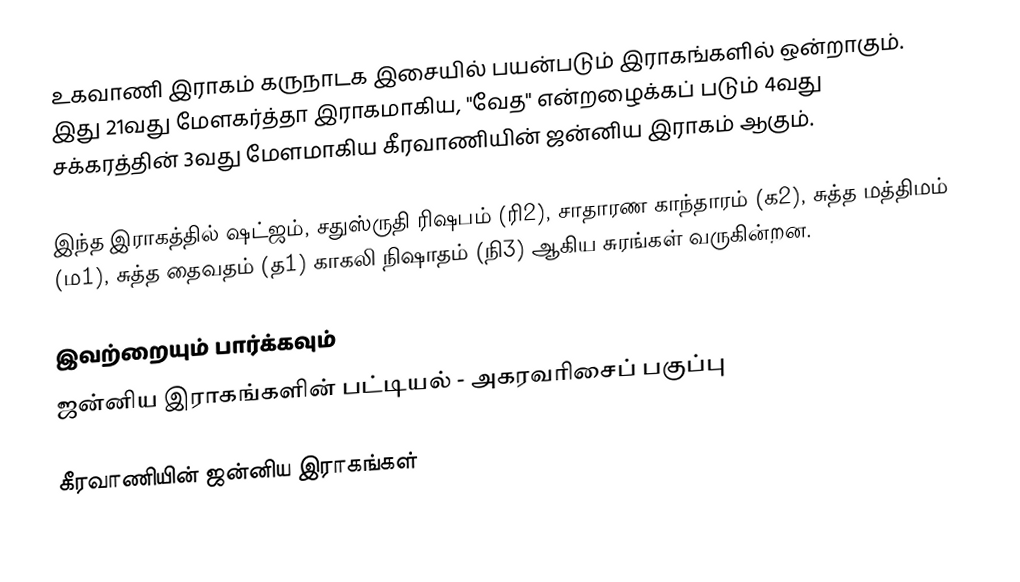
உகவாணி இராகம் கருநாடக இசையில் பயன்படும் இராகங்களில் ஒன்றாகும். இது 21வது மேளகர்த்தா இராகமாகிய, "வேத" என்றழைக்கப் படும் 4வது சக்கரத்தின் 3வது மேளமாகிய கீரவாணியின் ஜன்னிய இராகம் ஆகும்.

இந்த இராகத்தில் ஷட்ஜம், சதுஸ்ருதி ரிஷபம் (ரி2),  சாதாரண காந்தாரம் (க2), சுத்த மத்திமம் (ம1), சுத்த தைவதம் (த1) காகலி நிஷாதம்  (நி3) ஆகிய சுரங்கள் வருகின்றன.

இவற்றையும் பார்க்கவும்
 ஜன்னிய இராகங்களின் பட்டியல் - அகரவரிசைப் பகுப்பு

கீரவாணியின் ஜன்னிய இராகங்கள்